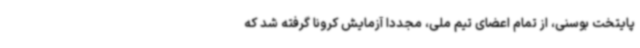
پایتخت بوسنی، از تمام اعضای تیم ملی، مجددا آزمایش کرونا گرفته شد که